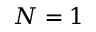
N = 1